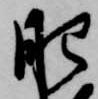
肥